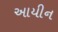
આયીન